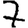
Digit: 7